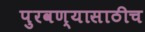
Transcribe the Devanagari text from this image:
पुरवण्यासाठीच